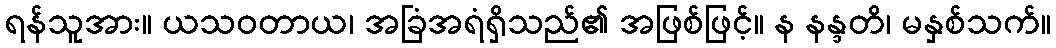
ရန်သူအား။ ယသဝတာယ၊ အခြံအရံရှိသည်၏ အဖြစ်ဖြင့်။ န နန္ဒတိ၊ မနှစ်သက်။